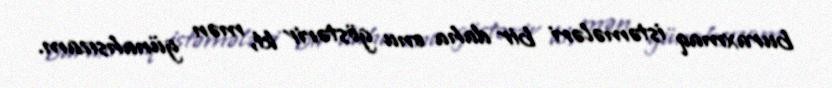
buraxmaq istəmələri bir daha onu göstərir ki, mən günahsızam.